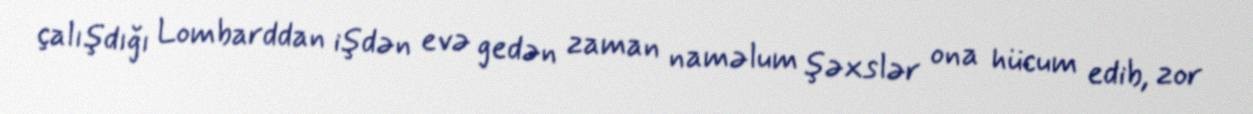
çalışdığı Lombarddan işdən evə gedən zaman naməlum şəxslər ona hücum edib, zor